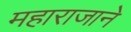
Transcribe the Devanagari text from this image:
महाराजाने